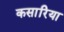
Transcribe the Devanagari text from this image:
कसारिया